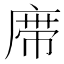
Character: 𰏼